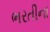
ભરતીના